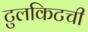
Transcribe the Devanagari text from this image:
टुलकिटची